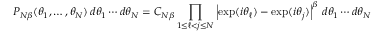
P _ { N \beta } ( \theta _ { 1 } , \ldots , \theta _ { N } ) \, d \theta _ { 1 } \cdots d \theta _ { N } = C _ { N \beta } \prod _ { 1 \leq \ell < j \leq N } \left\vert \exp ( i \theta _ { \ell } ) - \exp ( i \theta _ { j } ) \right\vert ^ { \beta } \, d \theta _ { 1 } \cdots d \theta _ { N }